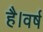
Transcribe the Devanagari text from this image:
है।वर्ष